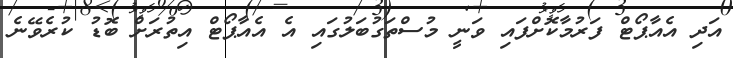
އަދި އެއާޕޯޓް ފަރުމާކޮށްފައި ވަނީ މުސްތަގުބަލުގައި އެ އެއާޕޯޓް އިތުރަށް ބޮޑު ކުރެވޭނެ